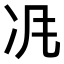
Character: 𠖵